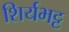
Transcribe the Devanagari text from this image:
शिर्यभट्ट